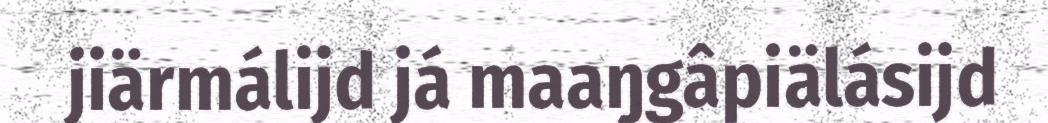
jiärmálijd já maaŋgâpiälásijd